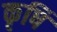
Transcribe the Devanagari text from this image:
कृषिं